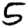
Digit: 5